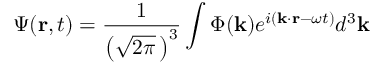
\Psi ( \mathbf { r } , t ) = { \frac { 1 } { \left( { \sqrt { 2 \pi } } \, \right) ^ { 3 } } } \int \Phi ( \mathbf { k } ) e ^ { i ( \mathbf { k } \cdot \mathbf { r } - \omega t ) } d ^ { 3 } \mathbf { k } \,